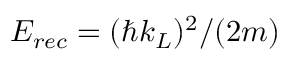
E _ { r e c } = ( \hbar k _ { L } ) ^ { 2 } / ( 2 m )